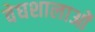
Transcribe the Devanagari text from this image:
वेघशालाओं